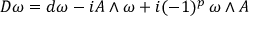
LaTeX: D \omega = d \omega - i A \wedge \omega + i ( - 1 ) ^ { p } \, \omega \wedge A